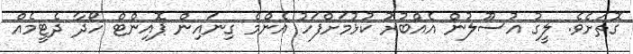
ގޮތަށެވެ. ލީގު އުސޫލުން އެއްބުރު ކުޅުމަށްފަހު އެންމެ ގިނައިން ޕޮއިންޓް ހޯދާ ދެޓީމެއް